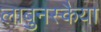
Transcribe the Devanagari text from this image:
लाबुनस्कैया